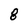
Character: 8